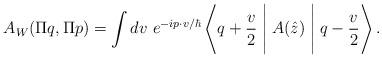
LaTeX: \begin{align*}A_W(\Pi q,\Pi p)=\int dv~e^{-ip \cdot v/\hbar} \left \langle q+\frac{v}{2} \Biggm |A(\hat z) \Biggm| q-\frac{v}{2} \right \rangle.\end{align*}